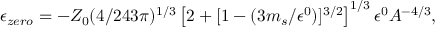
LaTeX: \epsilon _ { z e r o } = - Z _ { 0 } ( 4 / 2 4 3 \pi ) ^ { 1 / 3 } \left[ 2 + [ 1 - ( 3 m _ { s } / \epsilon ^ { 0 } ) ] ^ { 3 / 2 } \right] ^ { 1 / 3 } \epsilon ^ { 0 } A ^ { - 4 / 3 } ,